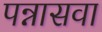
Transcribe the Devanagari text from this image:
पन्नासवा